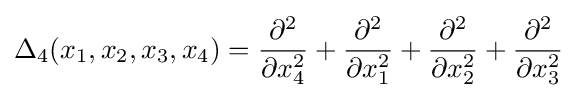
\Delta _{4}(x_{1},x_{2},x_{3},x_{4})={\frac {\partial ^{2}}{\partial x_{4}^{2}}}+{\frac {\partial ^{2}}{\partial x_{1}^{2}}}+{\frac {\partial ^{2}}{\partial x_{2}^{2}}}+{\frac {\partial ^{2}}{\partial x_{3}^{2}}}